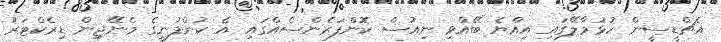
އެޗްޑީސީން ހުޅުމާލޭގައި އިއްޔެ ބޭއްވި ނިއުސް ކޮންފަރެންސެއްގައި އެ ކުންފުނީގެ މެނޭޖިން ޑިރެކްޓަރު